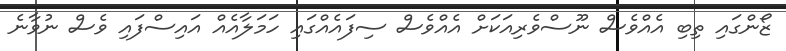
ޒޯންގައި ތިބި އެއްވެސް ނޫސްވެރިއަކަށް އެއްވެސް ސިފައެއްގައި ހަމަލާއެއް އައިސްފައި ވެސް ނުވާނެ